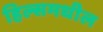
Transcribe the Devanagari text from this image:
हिल्समधील